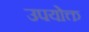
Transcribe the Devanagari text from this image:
उपयोक्त